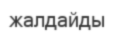
жалдайды